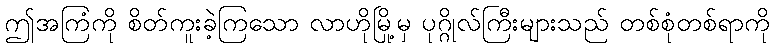
ဤအကြံကို စိတ်ကူးခဲ့ကြသော လာဟိုမြို့မှ ပုဂ္ဂိုလ်ကြီးများသည် တစ်စုံတစ်ရာကို